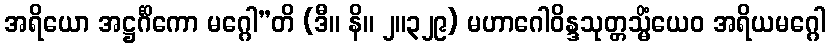
အရိယော အဋ္ဌင်္ဂိကော မဂ္ဂေါ”တိ (ဒီ။ နိ။ ၂။၃၂၉) မဟာဂေါဝိန္ဒသုတ္တသ္မိံယေဝ အရိယမဂ္ဂေါ